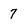
Character: 7